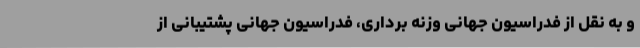
و به نقل از فدراسیون جهانی وزنه برداری، فدراسیون جهانی پشتیبانی از